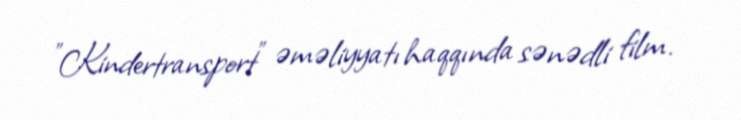
"Kindertransport" əməliyyatı haqqında sənədli film.